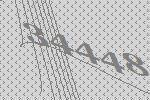
34448